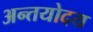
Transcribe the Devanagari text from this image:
अन्तयोदय